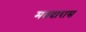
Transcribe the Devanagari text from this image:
मतदारास